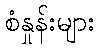
စံနှုန်းများ